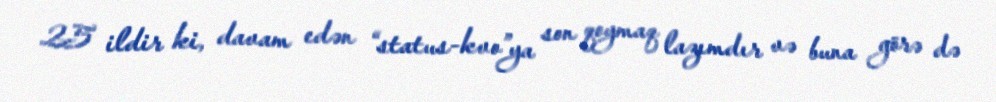
25 ildir ki, davam edən “status-kvo”ya son qoymaq lazımdır və buna görə də